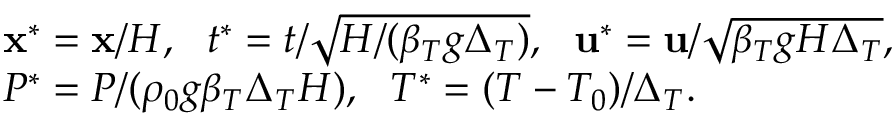
\begin{array} { r l } & { \mathbf { x } ^ { * } = \mathbf { x } / H , \ \ t ^ { * } = t / \sqrt { H / ( \beta _ { T } g \Delta _ { T } ) } , \ \ \mathbf { u } ^ { * } = \mathbf { u } / \sqrt { \beta _ { T } g H \Delta _ { T } } , } \\ & { P ^ { * } = P / ( \rho _ { 0 } g \beta _ { T } \Delta _ { T } H ) , \ \ T ^ { * } = ( T - T _ { 0 } ) / \Delta _ { T } . } \end{array}